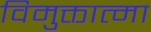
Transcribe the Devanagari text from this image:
विमुक्तात्मा